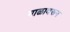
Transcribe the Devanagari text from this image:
माळावरून